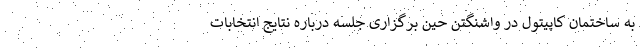
به ساختمان کاپیتول در واشنگتن حین برگزاری جلسه درباره نتایج انتخابات